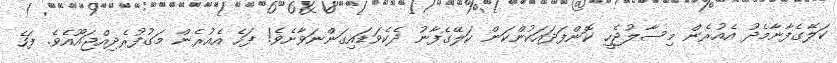
ކަލޭގެފާނާމެދު އެއުރެން މިސާލުޖެހީ ކޮންފަދައަކުންކަން ކަލޭގެފާނު ދެކެވަޑައިގަންނަވާށެވެ! ފަހެ އެއުރެން މަގުފުރެދިއްޖައޫއެވެ. ފަހެ